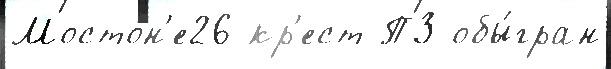
Мостон'е26 кр'ест ПЗ обы́гран